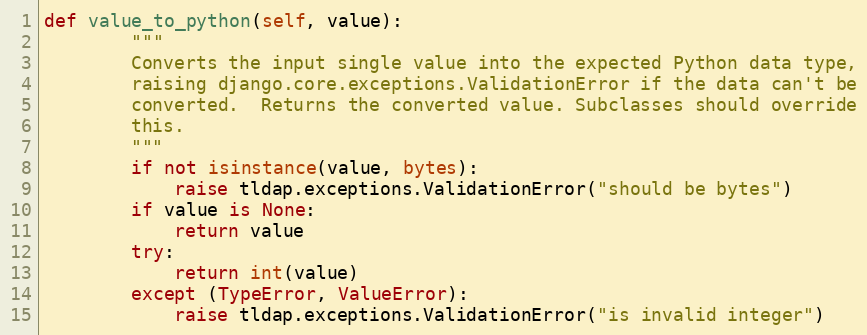
Language: Python
def value_to_python(self, value):
        """
        Converts the input single value into the expected Python data type,
        raising django.core.exceptions.ValidationError if the data can't be
        converted.  Returns the converted value. Subclasses should override
        this.
        """
        if not isinstance(value, bytes):
            raise tldap.exceptions.ValidationError("should be bytes")
        if value is None:
            return value
        try:
            return int(value)
        except (TypeError, ValueError):
            raise tldap.exceptions.ValidationError("is invalid integer")